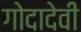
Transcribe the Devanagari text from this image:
गोदादेवी